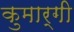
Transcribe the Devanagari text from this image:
कुमार्गी